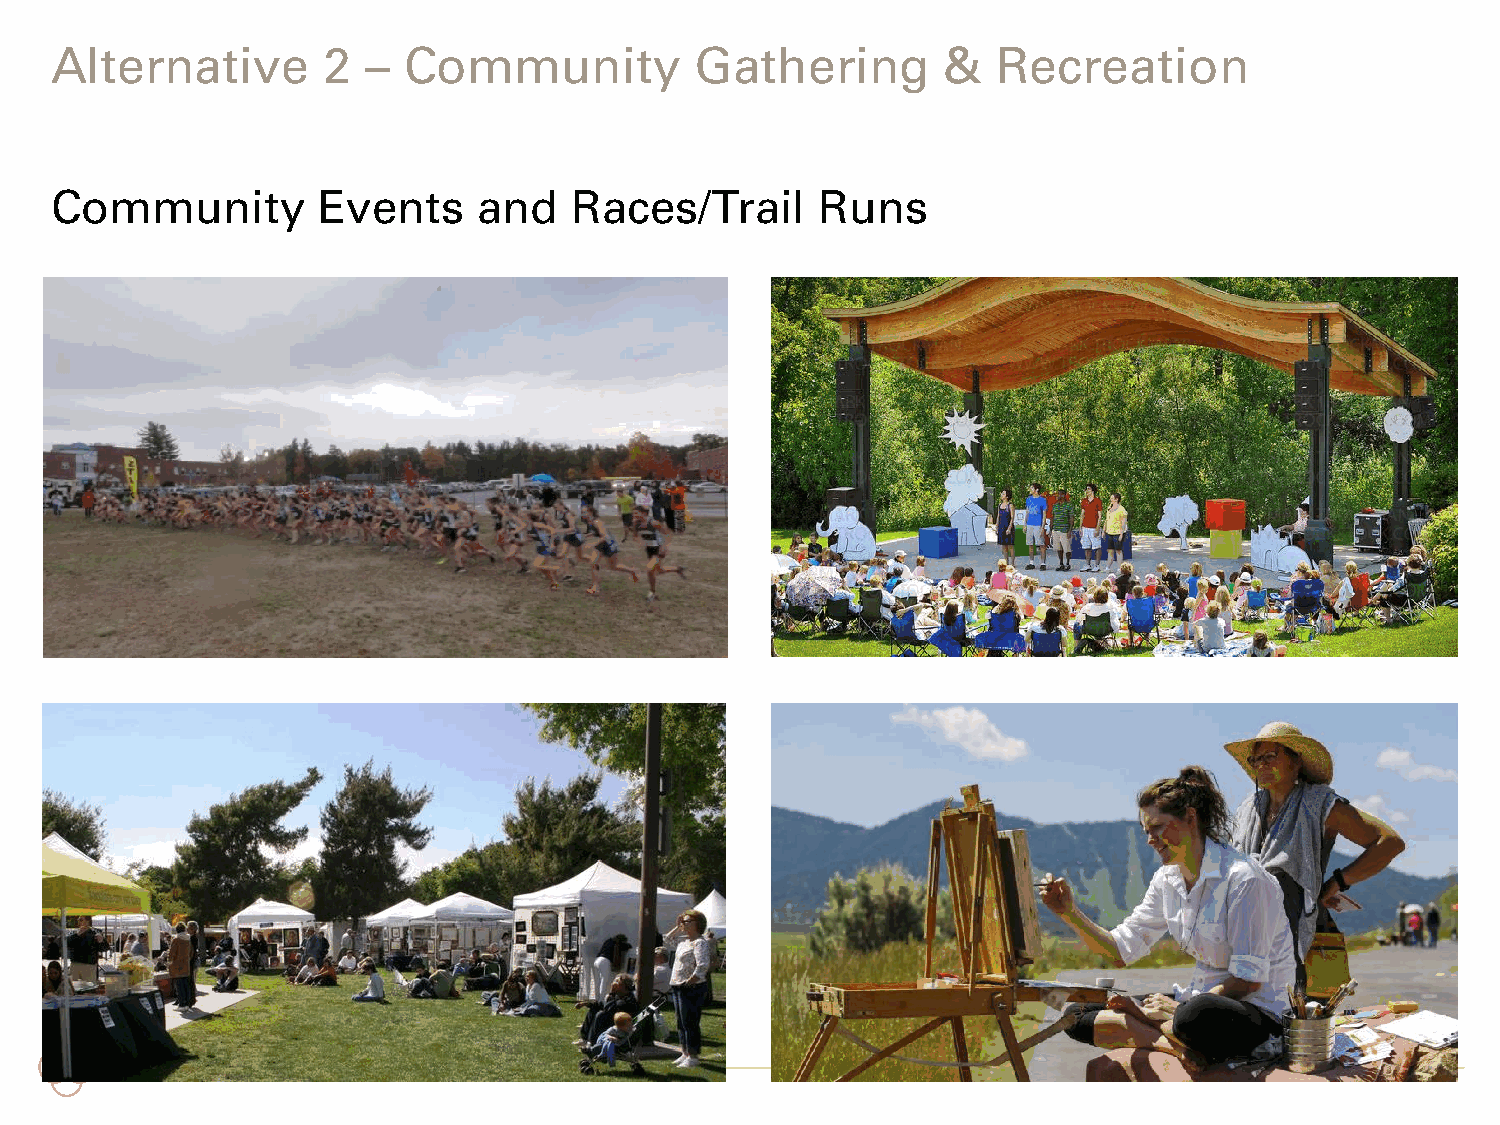
Alternative       2  –  Community          Gathering        &  Recreation
 Community         Events     and   Races/Trail     Runs